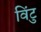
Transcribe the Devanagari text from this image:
विंटु